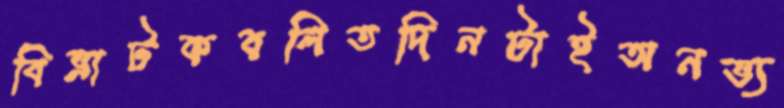
বিভ্রাটকবলিতদিনটাইঅনভ্য